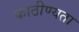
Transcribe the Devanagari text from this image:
काठीण्‍यता